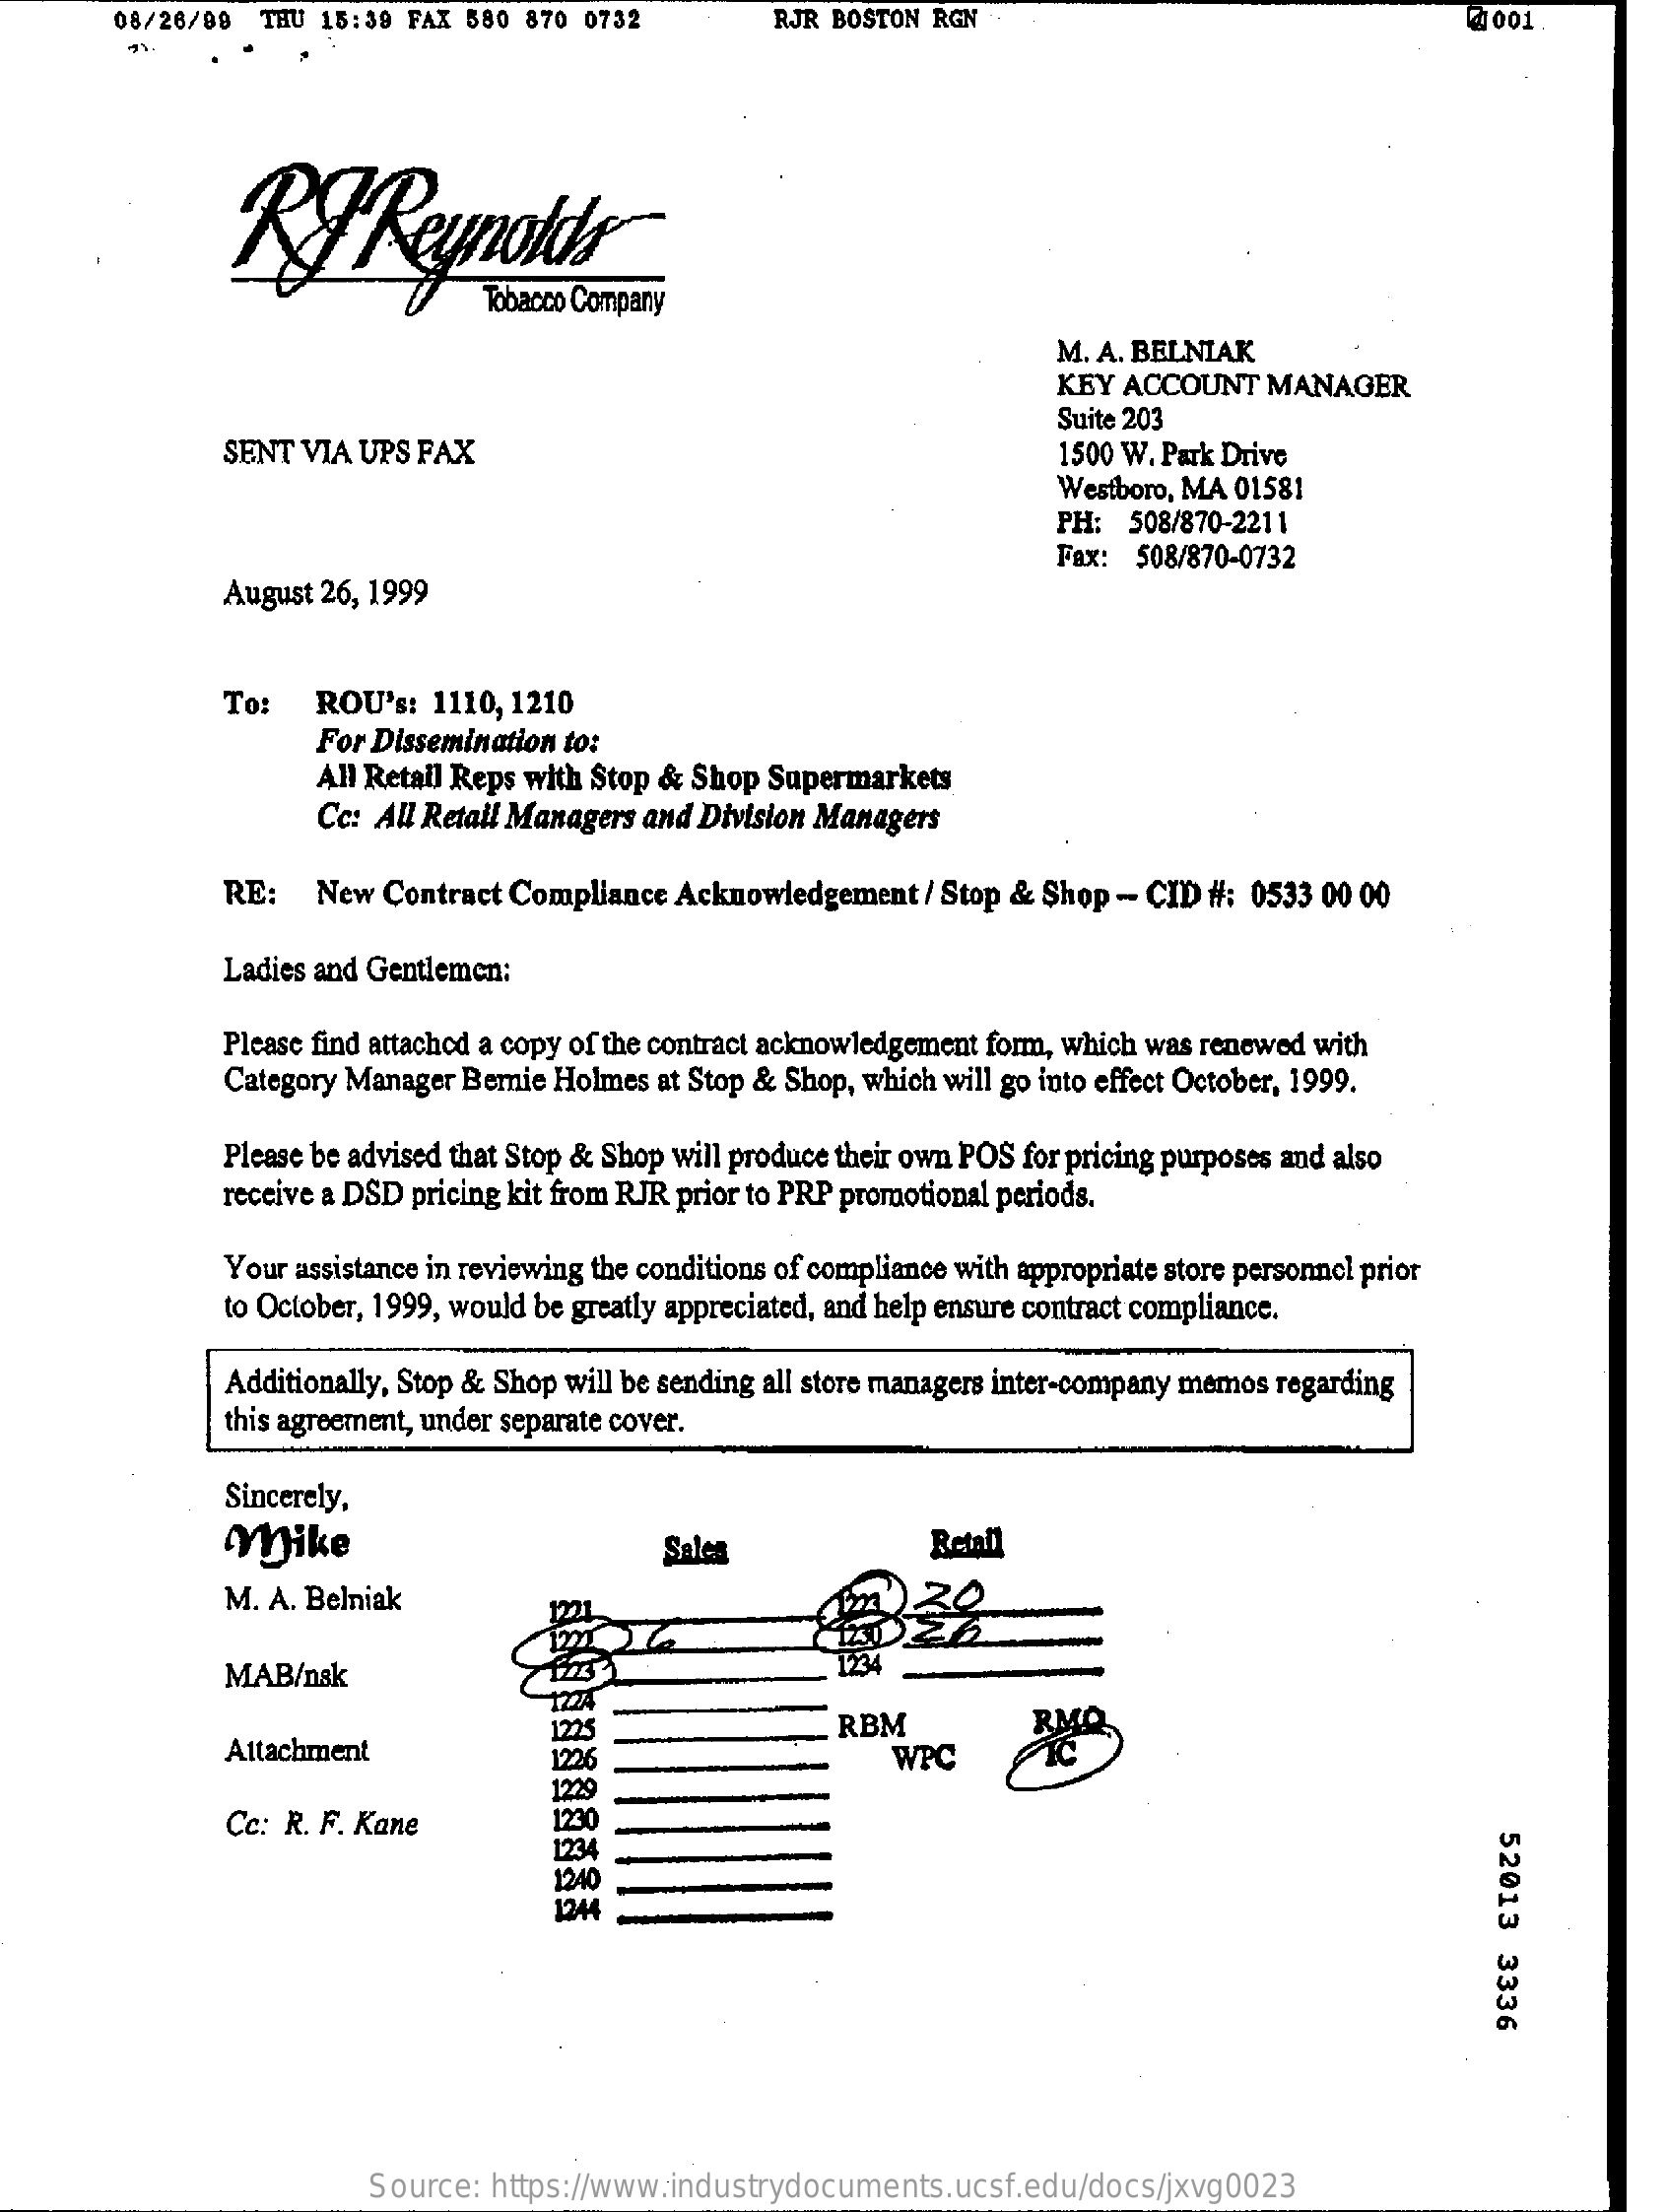
08/26/08  THU 15:39 FAX  580 870 0732    RJR BOSTON RGN    4 001
     RP    Reynoldle
     M. A. BELNIAK
     KEY ACCOUNT   MANAGER
     Suite 203
     SENT VIA UPS FAX    1500 W. Park Drive
     Westboro, MA 01581
     PH:  508/870-2211
     Fax: 508/870-0732
     August 26, 1999
     To:   ROU's:  1110, 1210
     For Dissemination to:
     All Retail Reps with Stop & Shop Supermarkets
     Cc: All Retail Managers and Division Managers
     RE:   New  Contract Compliance Acknowledgement   / Stop & Shop - CID #: 0533 00 00
     Ladies and Gentlemen:
     Please find attached a copy of the contract acknowledgement form, which was renewed with
     Category Manager Bernie Holmes at Stop & Shop, which will go into effect October, 1999.
     Please be advised that Stop & Shop will produce their own POS for pricing purposes and also
     receive a DSD pricing kit from RJR prior to PRP promotional periods.
     Your assistance in reviewing the conditions of compliance with appropriate store personnel prior
     to October, 1999, would be greatly appreciated, and help ensure contract compliance.
     Additionally, Stop & Shop will be sending all store managers inter-company memos regarding
     this agreement, under separate cover.
     Sincerely,
     Mike    Sales    Retail
     M. A. Belniak
     MAB/nsk
     724
     Attachment    1226
     RBM
     WPC
     1229
     Cc: R. F. Kane    1230
     52013
     3336
     1234
     1240
     1244
     Source:  https://www.industrydocuments.ucsf.edu/docs/jxvg0023